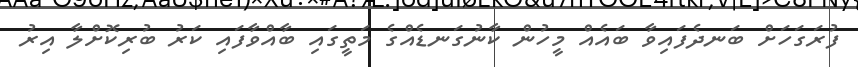
ފުރަގަހަށް ބަނދެފައިވާ ބައެއް މީހުން ކާނުގަނޑެއްގެ މަތީގައި ބާއްވާފައި ކަރު ބުރިކޮށްލާ އިރު